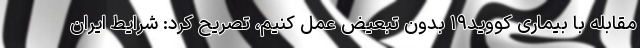
مقابله با بیماری کووید۱۹ بدون تبعیض عمل کنیم، تصریح کرد: شرایط ایران